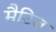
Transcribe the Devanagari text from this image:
मैटिज़